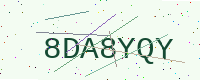
Text: 8DA8YQY